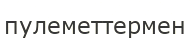
пулеметтермен